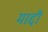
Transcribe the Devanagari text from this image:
माद्दी